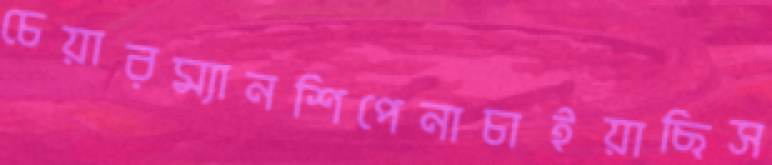
চেয়ারম্যানশিপেনাচাইয়াছিস